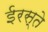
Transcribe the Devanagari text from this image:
ईरस्ते